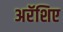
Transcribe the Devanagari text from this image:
अरॅशिए